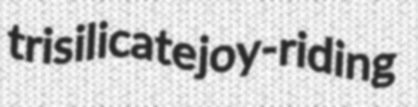
trisilicate joy-riding